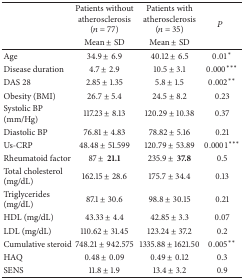
<table><thead><tr><td rowspan="2"><b> </b></td><td><b>Patients without atherosclerosis (<i>n</i> = 77)</b></td><td><b>Patients with atherosclerosis(<i>n</i> = 35)</b></td><td rowspan="2"><b><i>P</i></b></td></tr><tr><td><b>Mean ± SD</b></td><td><b>Mean ± SD</b></td></tr></thead><tbody><tr><td>Age</td><td>34.9 ± 6.9</td><td>40.12 ± 6.5</td><td>0.01<sup>*</sup></td></tr><tr><td>Disease duration</td><td>4.7 ± 2.9</td><td>10.5 ± 3.1</td><td>0.000<sup>***</sup></td></tr><tr><td>DAS 28</td><td>2.85 ± 1.35</td><td>5.8 ± 1.5</td><td>0.002<sup>**</sup></td></tr><tr><td>Obesity (BMI)</td><td>26.7 ± 5.4</td><td>24.5 ± 8.2</td><td>0.23</td></tr><tr><td>Systolic BP (mm/Hg)</td><td>117.23 ± 8.13</td><td>120.29 ± 10.38</td><td>0.37</td></tr><tr><td>Diastolic BP</td><td>76.81 ± 4.83</td><td>78.82 ± 5.16</td><td>0.21</td></tr><tr><td>Us-CRP </td><td>48.48 ± 51.599</td><td>120.79 ± 53.89</td><td>0.0001<sup>***</sup></td></tr><tr><td>Rheumatoid factor</td><td>87 ±<b>21.1</b></td><td>235.9 ±<b>37.8</b></td><td>0.5</td></tr><tr><td>Total cholesterol (mg/dL)</td><td>162.15 ± 28.6</td><td>175.7 ± 34.4</td><td>0.13</td></tr><tr><td>Triglycerides (mg/dL)</td><td>87.1 ± 30.6</td><td>98.8 ± 30.15</td><td>0.21</td></tr><tr><td>HDL (mg/dL)</td><td>43.33 ± 4.4</td><td>42.85 ± 3.3</td><td>0.07</td></tr><tr><td>LDL (mg/dL)</td><td>110.62 ± 31.45</td><td>123.24 ± 37.2</td><td>0.2</td></tr><tr><td>Cumulative steroid</td><td>748.21 ± 942.575</td><td>1335.88 ± 1621.50</td><td>0.005<sup>**</sup></td></tr><tr><td>HAQ</td><td>0.48 ± 0.09</td><td>0.49 ± 0.12</td><td>0.3</td></tr><tr><td>SENS</td><td>11.8 ± 1.9</td><td>13.4 ± 3.2</td><td>0.9</td></tr></tbody></table>